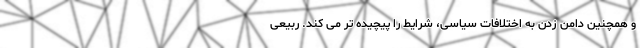
و همچنین دامن زدن به اختلافات سیاسی، شرایط را پیچیده تر می کند. ربیعی